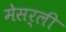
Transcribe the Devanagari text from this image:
मेसर्ली